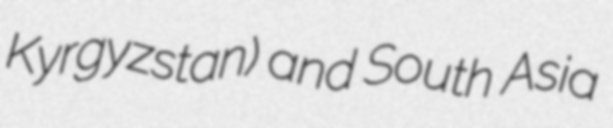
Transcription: Kyrgyzstan) and South Asia